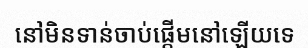
នៅមិនទាន់ចាប់ផ្តើមនៅឡើយទេ